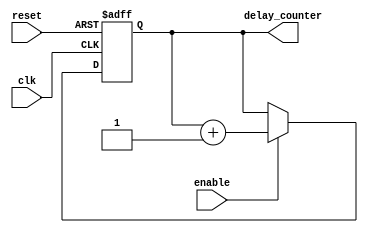
module timing_control_and_synchronization (
    input wire clk,
    input wire reset,
    input wire enable,
    output reg [7:0] delay_counter
);

// RC delay element - resistor and capacitor connected in series
// Delay is generated by charging and discharging the capacitor
always @(posedge clk or posedge reset) begin
    if (reset) begin
        delay_counter <= 8'b00000000; // Initial value of delay counter
    end else if (enable) begin
        delay_counter <= delay_counter + 1; // Increment delay counter
    end
end

endmodule